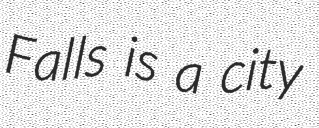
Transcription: Falls is a city